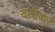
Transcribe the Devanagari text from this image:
वारीकर